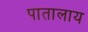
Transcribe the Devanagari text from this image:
पातालाय